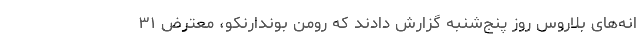
انه‌های بلاروس روز پنج‌شنبه گزارش دادند که رومن بوندارنکو، معترض ۳۱